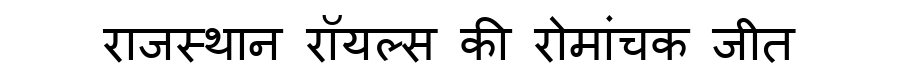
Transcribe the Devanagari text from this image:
राजस्थान रॉयल्स की रोमांचक जीत